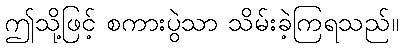
ဤသို့ဖြင့် စကားပွဲသာ သိမ်းခဲ့ကြရသည်။